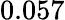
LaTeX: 0.057